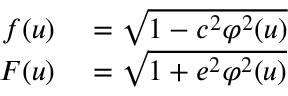
\begin{array} { r l } { f ( u ) } & { { } = { \sqrt { 1 - c ^ { 2 } \varphi ^ { 2 } ( u ) } } } \\ { F ( u ) } & { { } = { \sqrt { 1 + e ^ { 2 } \varphi ^ { 2 } ( u ) } } } \end{array}